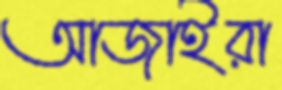
আজাইরা